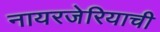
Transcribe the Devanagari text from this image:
नायरजेरियाची